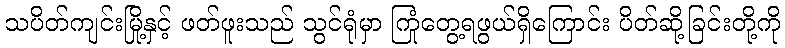
သပိတ်ကျင်းမြို့နှင့် ဖတ်ဖူးသည် သွင်ရုံမှာ ကြုံတွေ့ရဖွယ်ရှိကြောင်း ပိတ်ဆို့ခြင်းတို့ကို